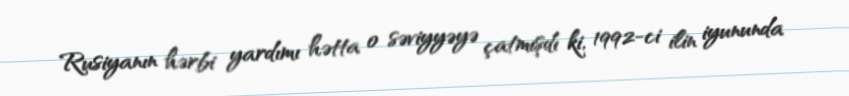
Rusiyanın hərbi yardımı hətta o səviyyəyə çatmışdı ki, 1992-ci ilin iyununda